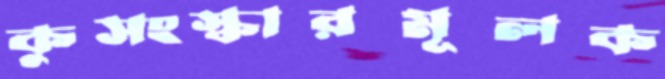
কুসংস্কারমূলক